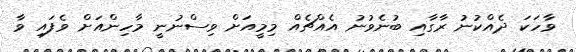
ވާހަކަ ދެއްކުނު ރާގާއި ބުނެވުނު އެއްޗެއް މިމީއަށް ވިސްނުނީ މާހިންއަށް ވެފައި ވާ